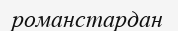
романстардан